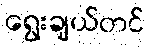
ရွေးချယ်တင်